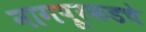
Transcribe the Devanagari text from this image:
नागपूरकडचे